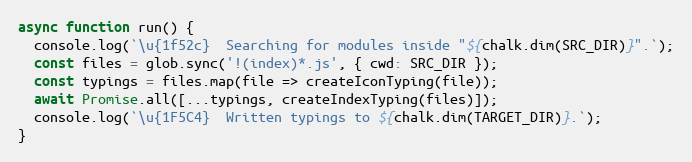
Language: JavaScript
async function run() {
  console.log(`\u{1f52c}  Searching for modules inside "${chalk.dim(SRC_DIR)}".`);
  const files = glob.sync('!(index)*.js', { cwd: SRC_DIR });
  const typings = files.map(file => createIconTyping(file));
  await Promise.all([...typings, createIndexTyping(files)]);
  console.log(`\u{1F5C4}  Written typings to ${chalk.dim(TARGET_DIR)}.`);
}